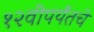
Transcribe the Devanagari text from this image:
१२वीपर्यंतचे